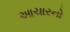
આચારનો